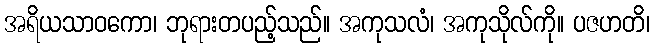
အရိယသာဝကော၊ ဘုရားတပည့်သည်။ အကုသလံ၊ အကုသိုလ်ကို။ ပဇဟတိ၊